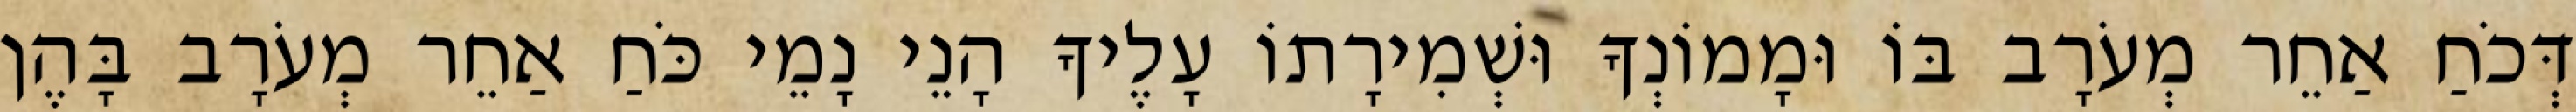
דְּכֹחַ אַחֵר מְעֹרָב בּוֹ וּמָמוֹנְךָ וּשְׁמִירָתוֹ עָלֶיךָ הָנֵי נָמֵי כֹּחַ אַחֵר מְעֹרָב בָּהֶן